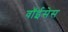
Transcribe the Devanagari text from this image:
वॉईसेस